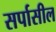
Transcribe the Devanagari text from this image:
सर्पासील